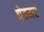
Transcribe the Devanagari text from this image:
पेटमट